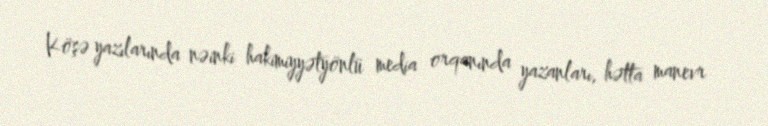
Köşə yazılarında nəinki hakimiyyətyönlü media orqanında yazanları, hətta manevr